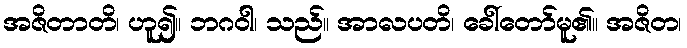
အဇိတာတိ၊ ဟူ၍။ ဘဂဝါ၊ သည်။ အာလပတိ၊ ခေါ်တော်မူ၏။ အဇိတ၊